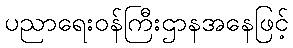
ပညာရေးဝန်ကြီးဌာနအနေဖြင့်